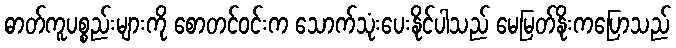
ဓာတ်ကူပစ္စည်းများကို စောတင်ဝင်းက သောက်သုံးပေးနိုင်ပါသည် မေမြတ်နိုးကပြောသည်